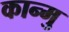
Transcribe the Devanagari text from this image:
कान्मु